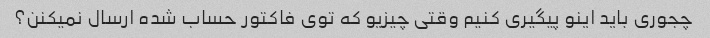
چجوری باید اینو پیگیری کنیم وقتی چیزیو که توی فاکتور حساب شده ارسال نمیکنن؟